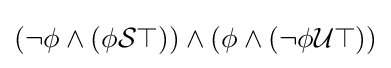
(\neg \phi \land (\phi {\mathcal {S}}\top ))\land (\phi \land (\neg \phi {\mathcal {U}}\top ))